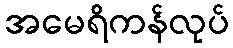
အမေရိကန်လုပ်